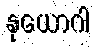
နုယောဂါ